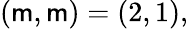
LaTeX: (\mathsf{m},\mathsf{m})=(2,1),